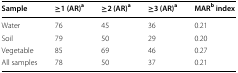
| Sample | ≥1 (AR)a | ≥2 (AR)a | ≥3 (AR)a | MARb index |
 | --- | --- | --- | --- | --- |
 | Water | 76 | 45 | 36 | 0.21 |
 | Soil | 79 | 50 | 29 | 0.20 |
 | Vegetable | 85 | 69 | 46 | 0.27 |
 | All samples | 78 | 50 | 37 | 0.21 |